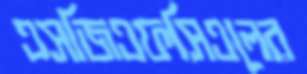
এসজিএফসিএলের